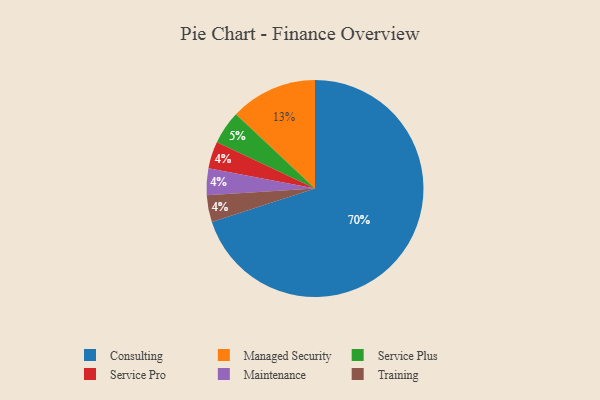
{"axis": {"x": "Category", "y": "Percentage"}, "legend": ["Consulting", "Maintenance", "Managed Security", "Service Plus", "Service Pro", "Training"], "data": [{"x": "Service Plus", "y": 5, "type": "Service Plus"}, {"x": "Service Pro", "y": 4, "type": "Service Pro"}, {"x": "Maintenance", "y": 4, "type": "Maintenance"}, {"x": "Training", "y": 4, "type": "Training"}, {"x": "Managed Security", "y": 13, "type": "Managed Security"}, {"x": "Consulting", "y": 70, "type": "Consulting"}]}